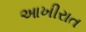
આખીરાત